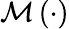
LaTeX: \mathcal{M}\left(\cdot\right)